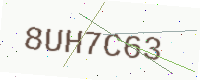
Text: 8UH7C63